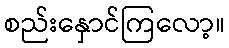
စည်းနှောင်ကြလော့။